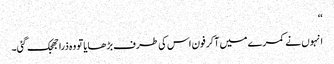
‘‘
انہوں نے کمرے میں آکر فون اس کی طرف بڑھایا تو وہ ذرا جھجک گئی۔